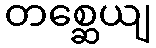
တစ္ဆေယျ